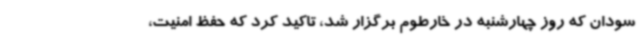
سودان که روز چهارشنبه در خارطوم برگزار شد، تاکید کرد که حفظ امنیت،